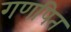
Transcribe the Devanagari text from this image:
गणपित